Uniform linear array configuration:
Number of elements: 12
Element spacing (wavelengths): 0.75
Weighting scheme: hann
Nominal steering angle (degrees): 15
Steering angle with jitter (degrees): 16.874
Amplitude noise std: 0.05
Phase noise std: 0.05

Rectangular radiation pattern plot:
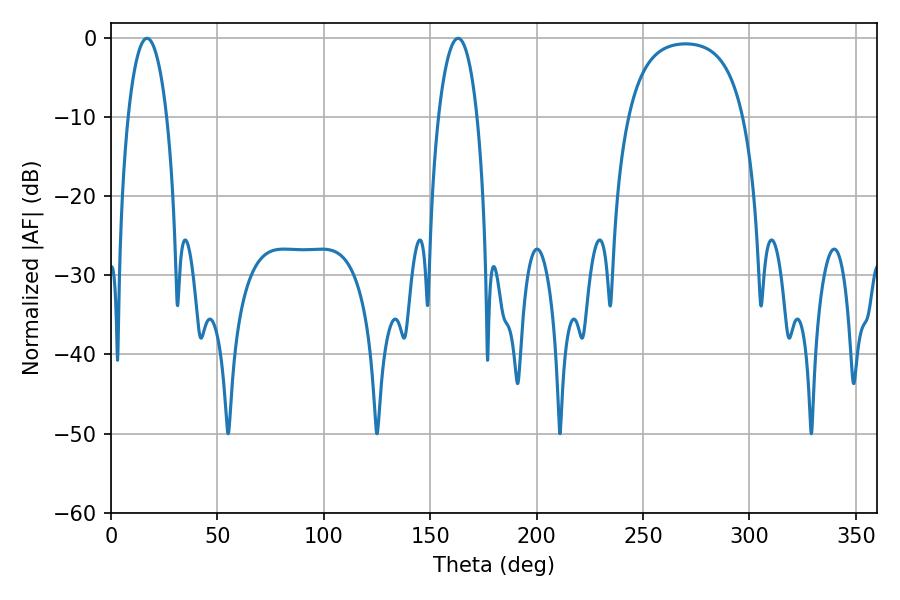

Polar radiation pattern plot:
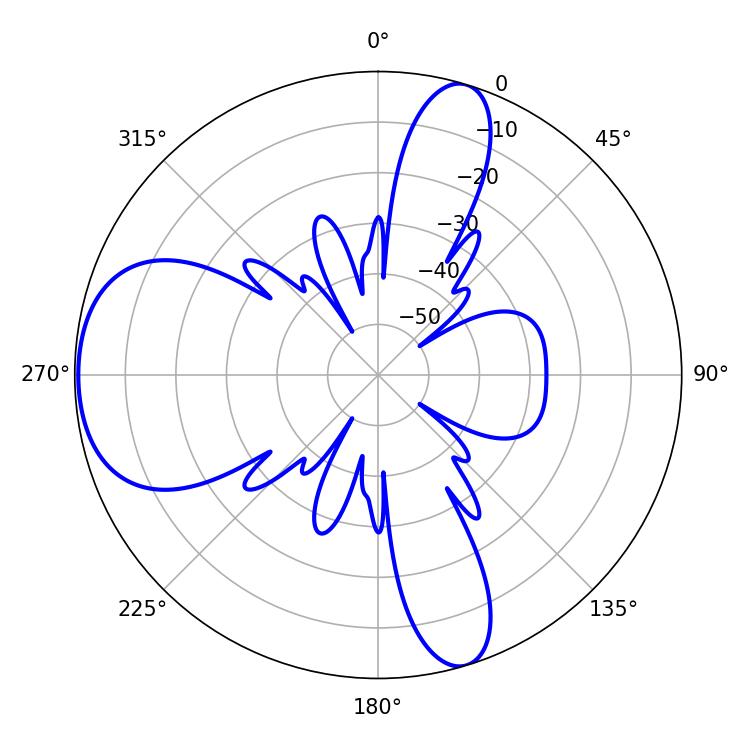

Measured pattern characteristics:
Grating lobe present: TRUE
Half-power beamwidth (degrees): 10.26
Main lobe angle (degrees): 16.92